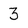
Character: 3